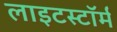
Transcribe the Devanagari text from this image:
लाइटस्टॉर्म